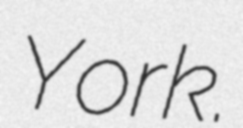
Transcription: York.